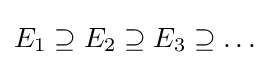
E_{1}\supseteq E_{2}\supseteq E_{3}\supseteq \ldots